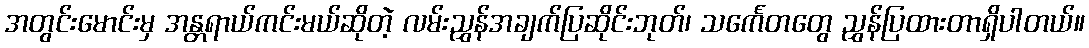
အတွင်းမောင်းမှ အန္တရာယ်ကင်းမယ်ဆိုတဲ့ လမ်းညွှန်အချက်ပြဆိုင်းဘုတ်၊ သင်္ကေတတွေ ညွှန်ပြထားတာရှိပါတယ်။